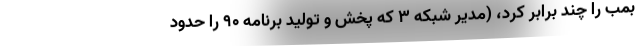
بمب را چند برابر کرد، (مدیر شبکه 3 که پخش و تولید برنامه 90 را حدود